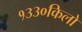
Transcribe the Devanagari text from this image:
१३३०किलो